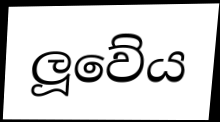
ලූවේය